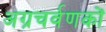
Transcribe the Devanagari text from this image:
अग्रचर्वणकों